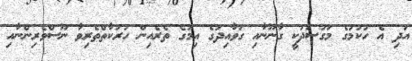
އަދި އެ ހުކުމުގެ މަގުސަދަކީ ގާނޫނާއި ގަވާއިދުގެ އިމުގެ ތެރެއިން ހަރަކާތްތެރިވާ ނޫސްވެރިންނާއި